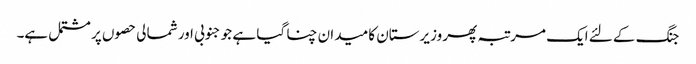
جنگ کے لئے ایک مرتبہ پھر وزیرستان کا میدان چنا گیا ہے جو جنوبی اور شمالی حصوں پر مشتمل ہے۔